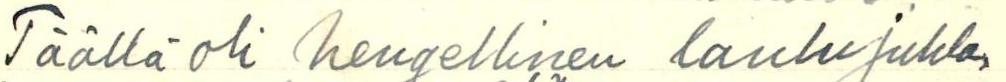
Täällä oli hengellinen laulujuhla,